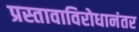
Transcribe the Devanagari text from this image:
प्रस्तावाविरोधानंतर